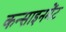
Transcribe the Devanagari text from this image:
कन्साइनमेंट